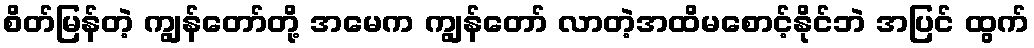
စိတ်မြန်တဲ့ ကျွန်တော်တို့ အမေက ကျွန်တော် လာတဲ့အထိမစောင့်နိုင်ဘဲ အပြင် ထွက်